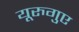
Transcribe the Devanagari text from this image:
यूरुगुए